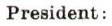
President :